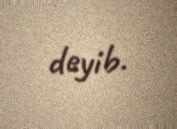
deyib.